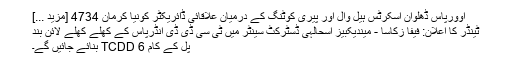
اوورپاس ڈھلوان اسکرٹس ہیل وال اور پیری کوٹنگ کے درمیان علاقائی ڈائریکٹر کونیا کرمان 4734 [مزید ...]
ٹینڈر کا اعلان: فیفا زکاسا - میندیکبیز اسحالہی ڈسٹرکٹ سینٹر میں ٹی سی ڈی ڈی انڈرپاس کے کھلے کھلے لائن بند
پل کے کام TCDD 6 بنائے جائیں گے۔